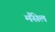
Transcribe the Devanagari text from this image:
मैंसेल